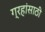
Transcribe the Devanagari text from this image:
ग्रहांसाठी